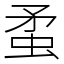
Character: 䖥